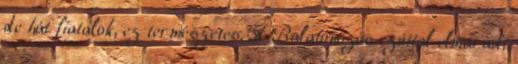
de hát fiatalok, ez természetes. A Balatonozás ezúttal elmaradt